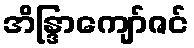
အိန္ဒြာကျော်ဇင်